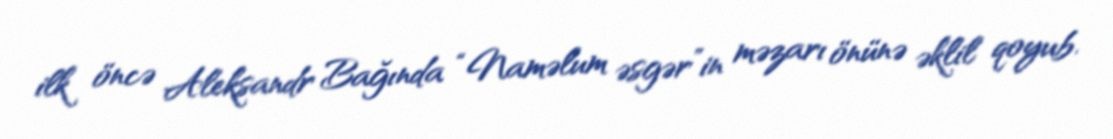
ilk öncə Aleksandr Bağında “Naməlum əsgər”in məzarı önünə əklil qoyub.